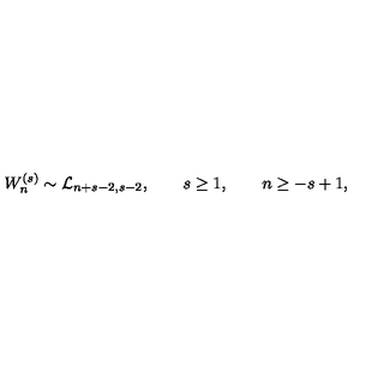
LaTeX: W _ { n } ^ { ( s ) } \sim { \cal L } _ { n + s - 2 , s - 2 } , \qquad s \geq 1 , \qquad n \geq - s + 1 ,